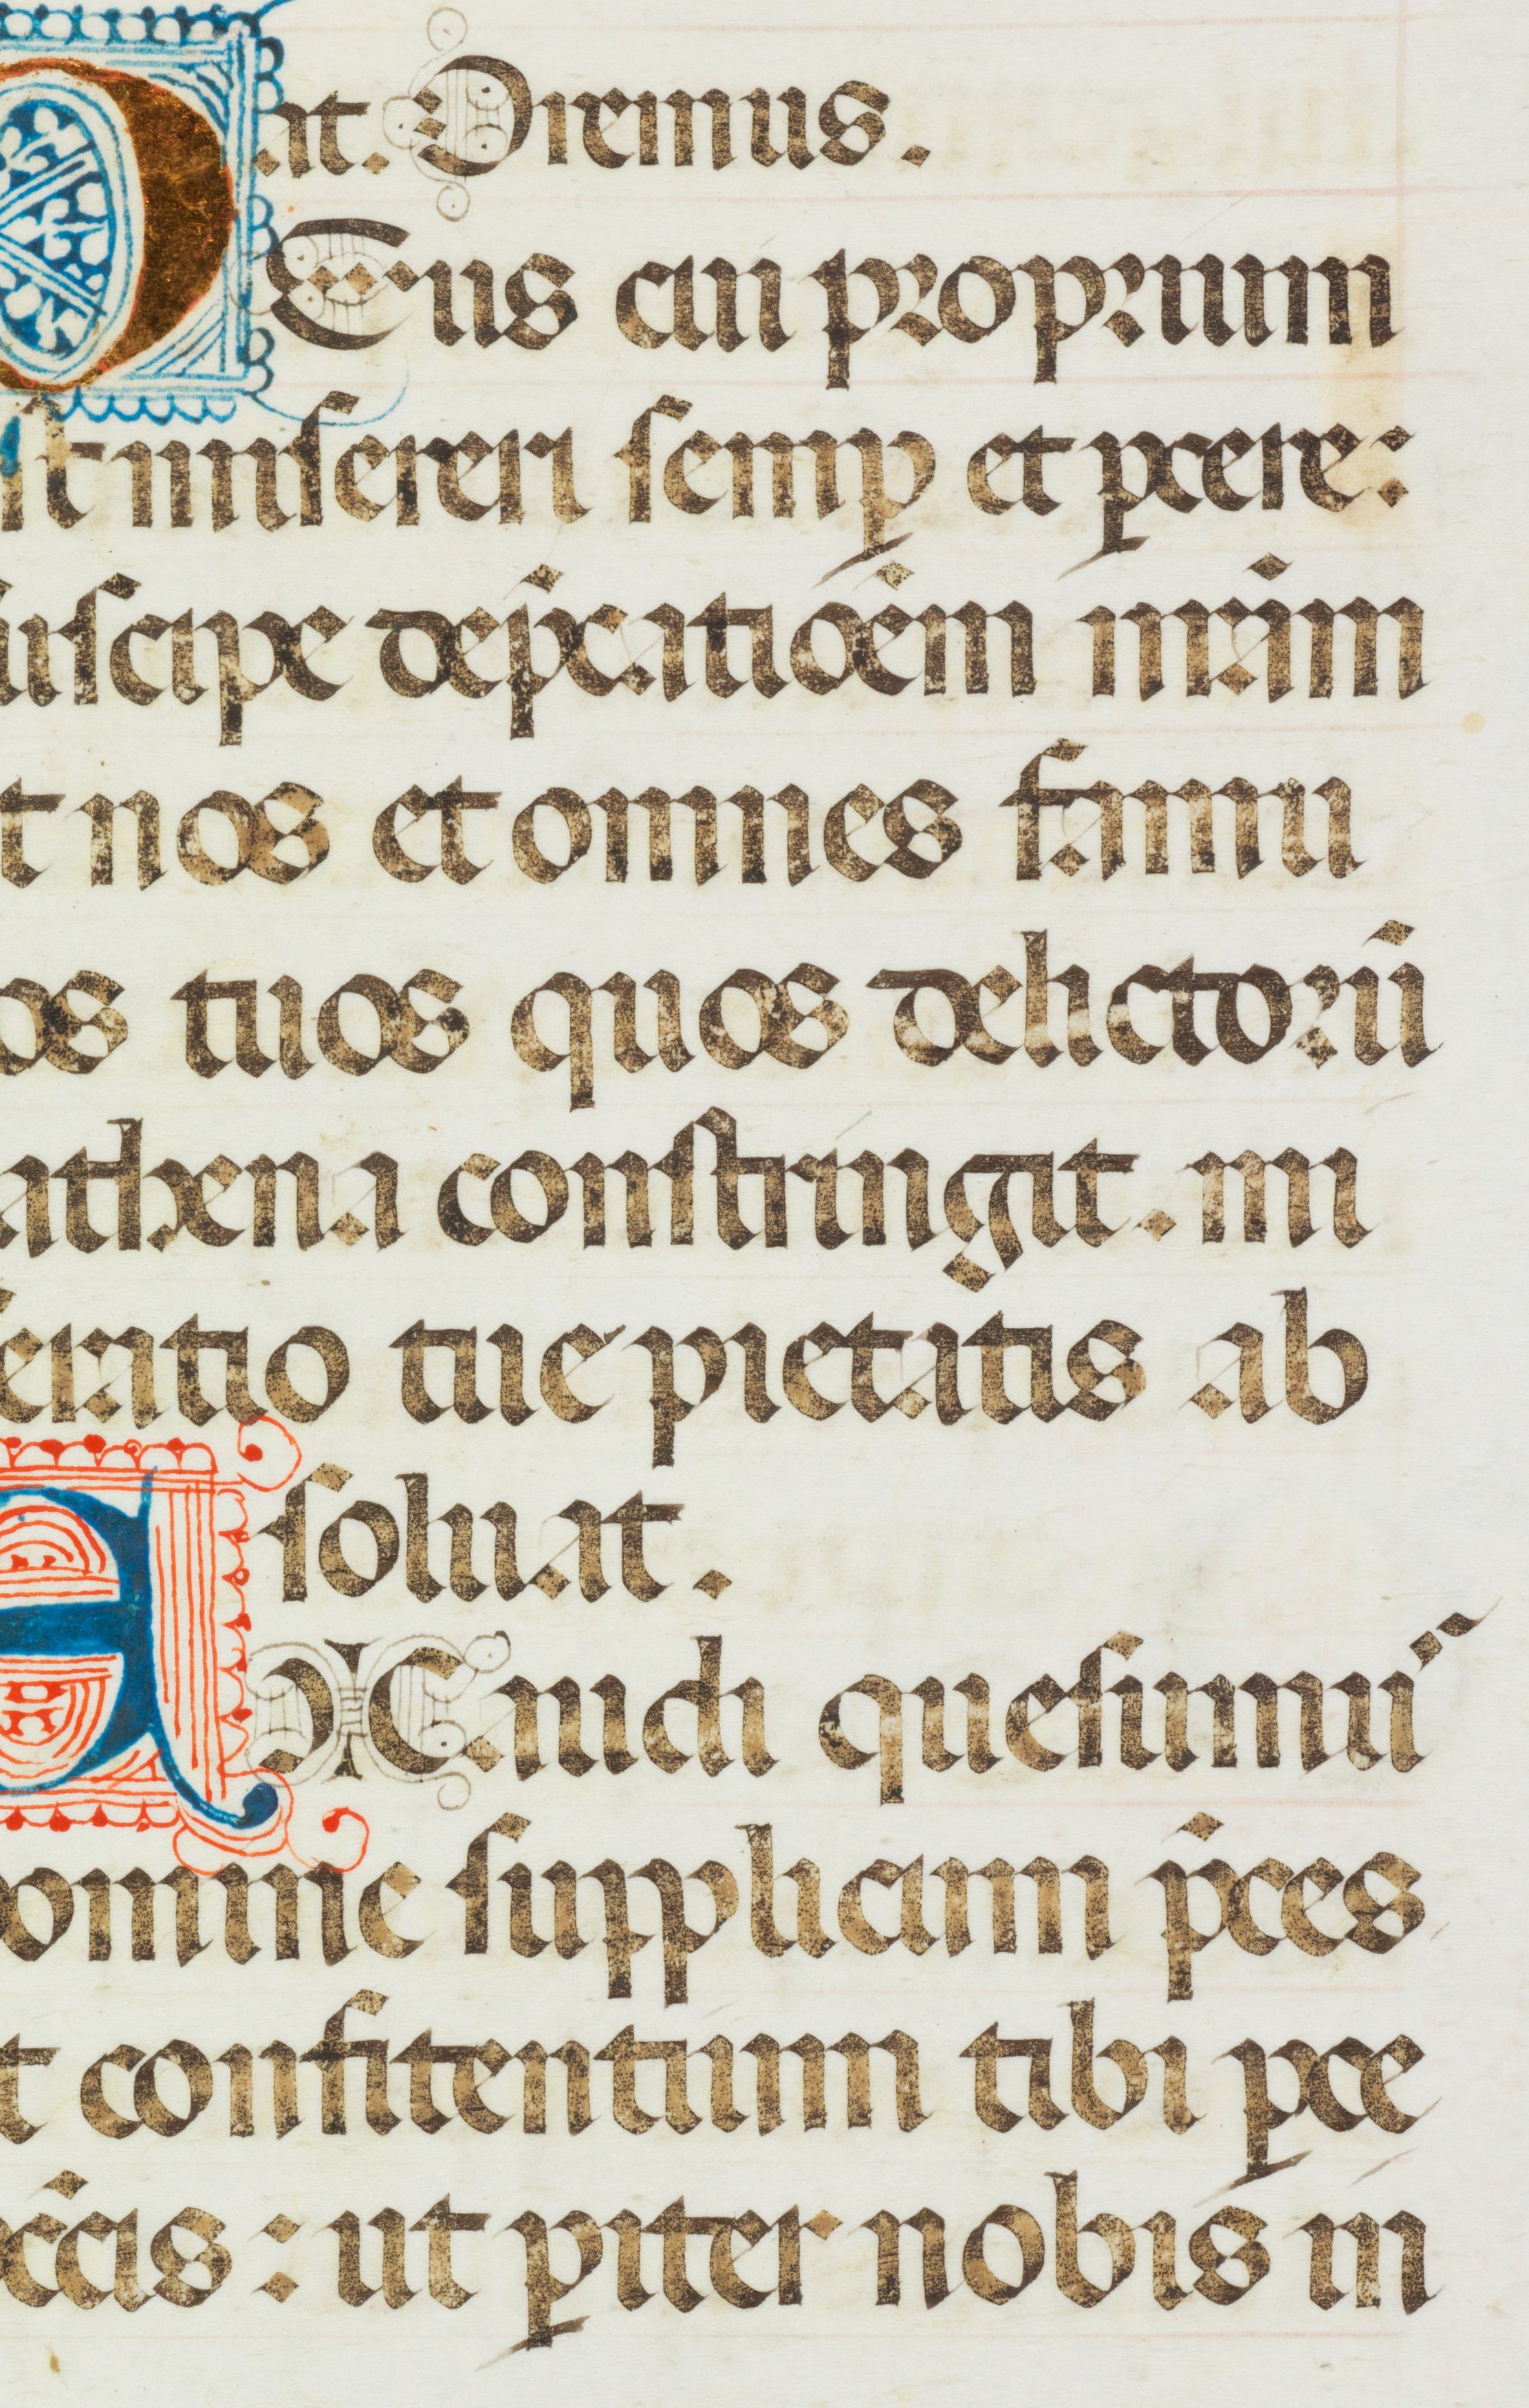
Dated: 1470–1475